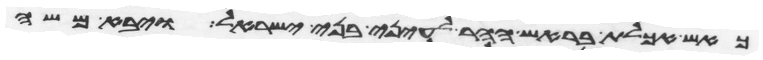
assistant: כאש אכלת בראש ההר לעיני בני ישראל ויבא משה